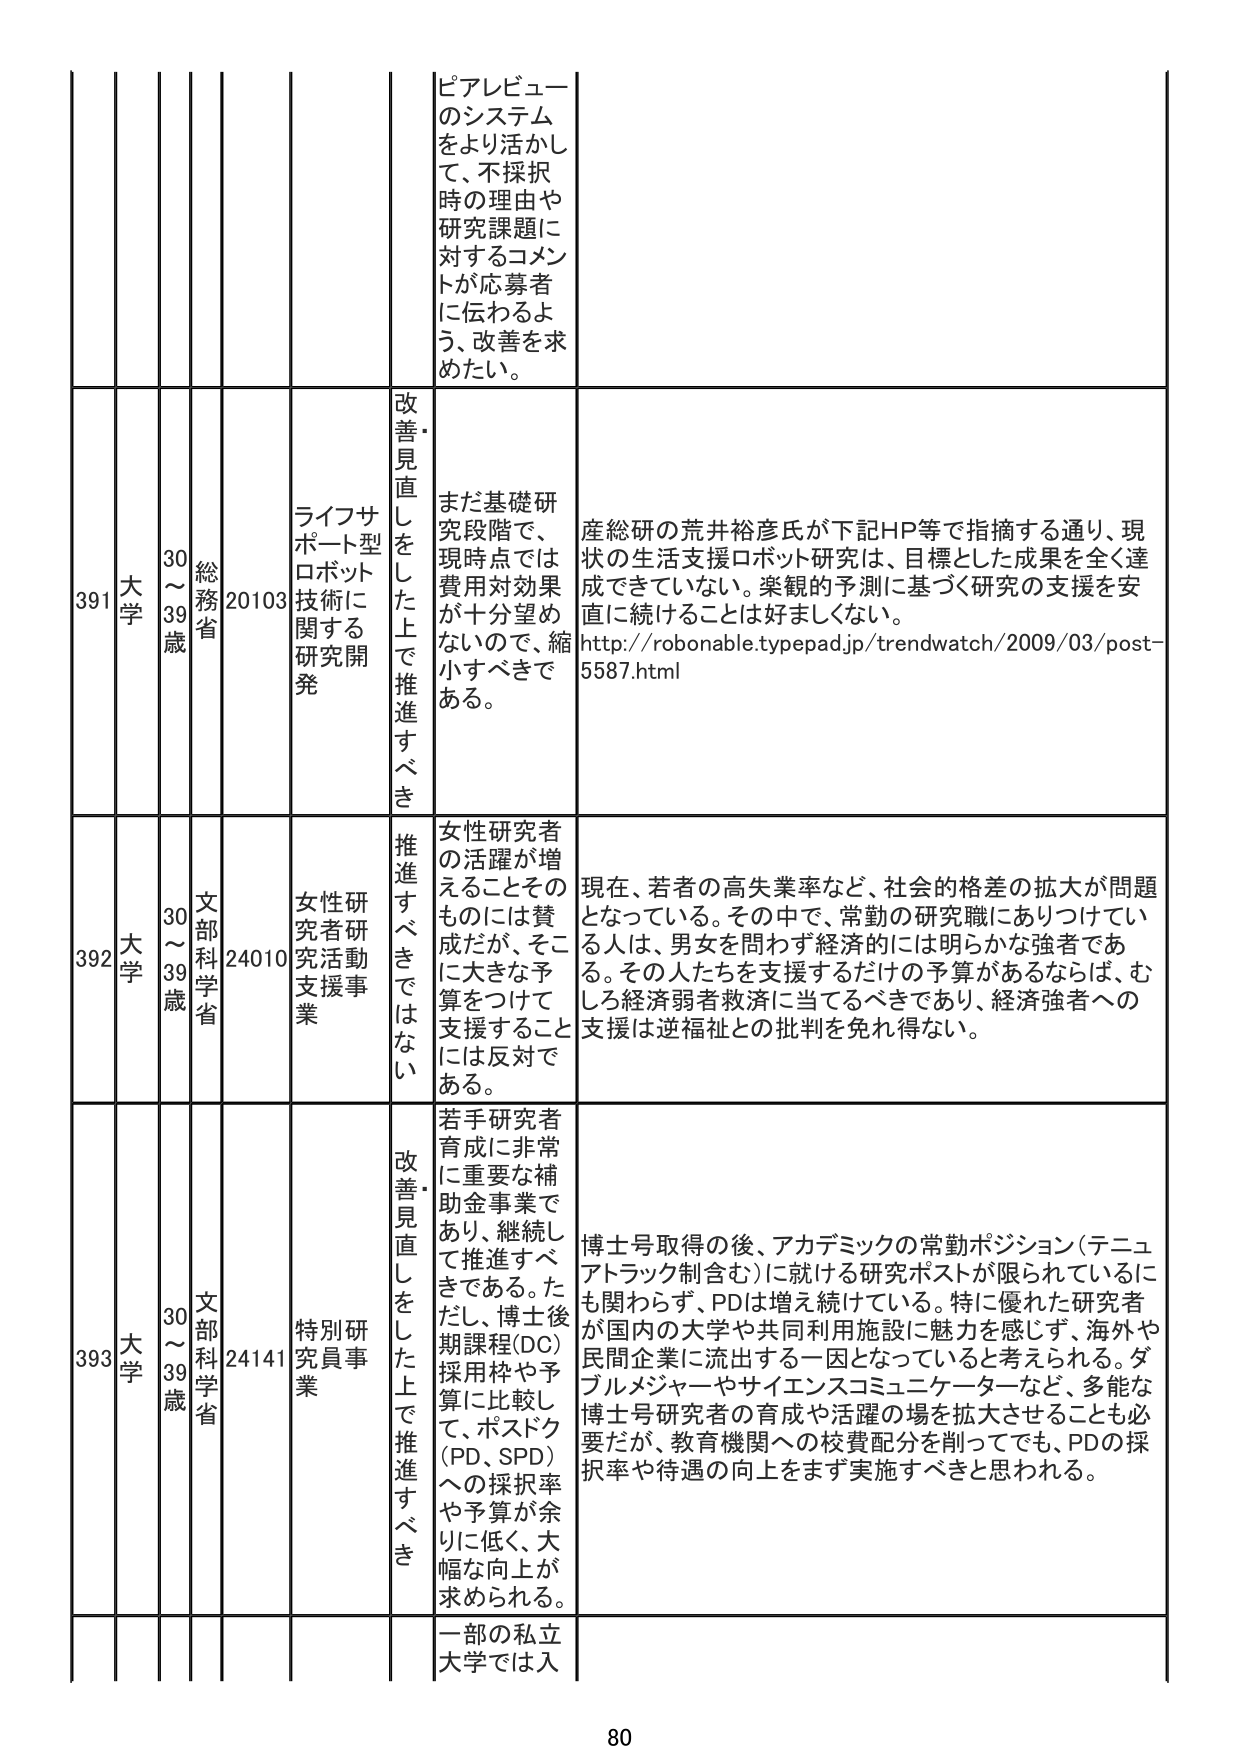
391 大学 30～39歳 総務省 20103 ライフサポート型ロボット技術に関する研究開発 改善・見直しをした上で推進すべき ピアレビューのシステムをより活かして、不採択時の理由や研究課題に対するコメントが応募者に伝わるよう、改善を求めたい。 まだ基礎研究段階で、現時点では費用対効果が十分望めないので、縮小すべきである。 産総研の荒井裕彦氏が下記HP等で指摘する通り、現状の生活支援ロボット研究は、目標とした成果を全く達成できていない。楽観的予測に基づく研究の支援を安直に続けることは好ましくない。 http://robonable.typepad.jp/trendwatch/2009/03/post-5587.html

392 大学 30～39歳 文部科学省 24010 女性研究者研究活動支援事業 推進すべきではない 女性研究者の活躍が増えることそのものには賛成だが、そこに大きな予算をつけて支援することには反対である。 現在、若者の高失業率など、社会的格差の拡大が問題となっている。その中で、常勤の研究職にありついている人は、男女を問わず経済的には明らかな強者である。その人たちを支援するだけの予算があるならば、むしろ経済弱者救済に当てるべきであり、経済強者への支援は逆福祉との批判を免れ得ない。

393 大学 30～39歳 文部科学省 24141 特別研究員事業 改善・見直しをした上で推進すべき 若手研究者育成に非常に重要な補助金事業であり、継続して推進すべきである。ただし、博士後期課程(DG)採用枠や予算に比較して、ポスドク(PD、SPD)への採択率や予算が余りに低く、大幅な向上が求められる。 博士号取得の後、アカデミックの常勤ポジション（テニュアトラック制含む）に就ける研究ポストが限られているにも関わらず、PDは増え続けている。特に優れた研究者が国内の大学や共同利用施設に魅力を感じず、海外や民間企業に流出する一因となっていると考えられる。ダブルメジャー やサイエンスコミュニケーターなど、多能な博士号研究者の育成や活躍の場を拡大させることも必要だが、教育機関への校費配分を削ってでも、PDの採択率や待遇の向上をまず実施すべきと思われる。

一部の私立大学では入

80